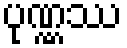
ပုဏ္ဏဿ